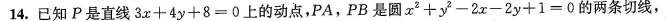
14.已知P是直线3x+4y+8=0上的动点，PA，PB是圆x^{2} + y^{2} - 2x - 2y + 1=0的两条切线，